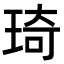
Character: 琦